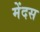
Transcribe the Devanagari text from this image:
मेंदस